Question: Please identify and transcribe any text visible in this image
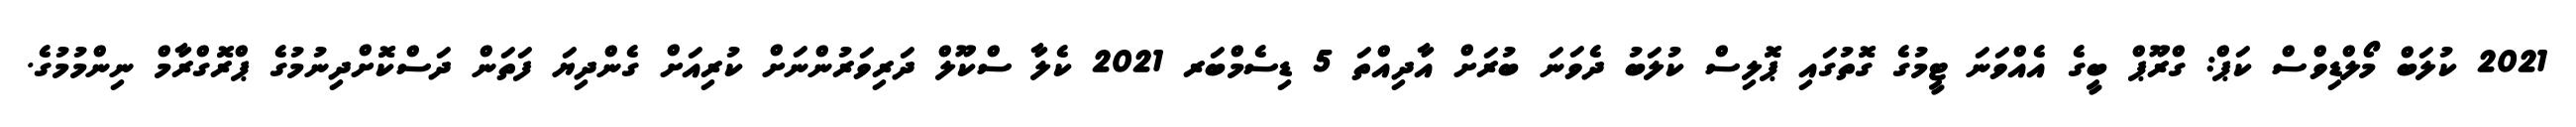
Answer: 2021 ކުލަބް މޯލްޑިވްސް ކަޕް: ގްރޫޕް ބީގެ އެއްވަނަ ޓީމުގެ ގޮތުގައި ޕޮލިސް ކުލަބު ދެވަނަ ބުރަށް އާދިއްތަ 5 ޑިސެމްބަރ 2021 ކެލާ ސްކޫލް ދަރިވަރުންނަށް ކުރިއަށް ގެންދިޔަ ފަތަން ދަސްކޮށްދިނުމުގެ ޕްރޮގްރާމް ނިންމުމުގެ.